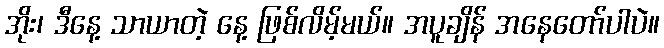
အိုး၊ ဒီနေ့ သာယာတဲ့ နေ့ ဖြစ်လိမ့်မယ်။ အပူချိန် အနေတော်ပါပဲ။